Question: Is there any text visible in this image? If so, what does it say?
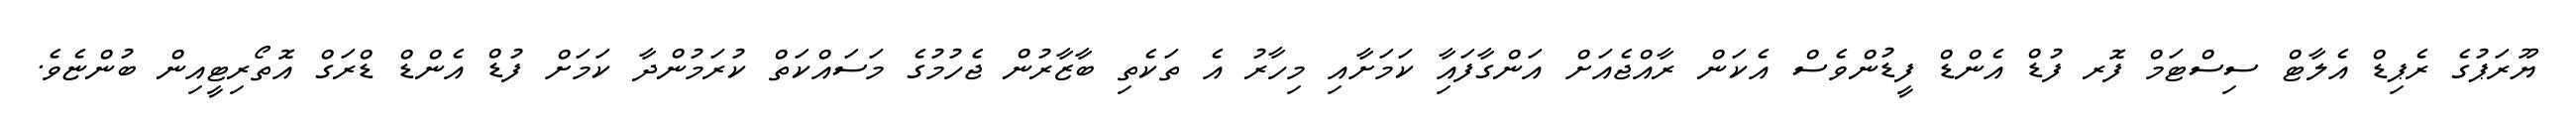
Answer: ޔޫރަޕުގެ ރެޕިޑް އެލާޓް ސިސްޓަމް ފޮރ ފުޑް އެންޑް ފީޑުންވެސް އެކަން ރާއްޖެއަށް އަންގާފައިާ ކަމަށާއި މިހާރު އެ ތަކެތި ބާޒާރުން ޖެހުމުގެ މަސައްކަތް ކުރަމުންދާ ކަމަށް ފުޑް އެންޑް ޑްރަގް އޮތޯރިޓީއިން ބުންޏެވެ.